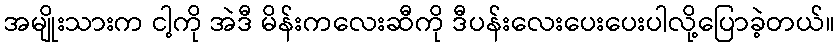
အမျိုးသားက ငါ့ကို အဲဒီ မိန်းကလေးဆီကို ဒီပန်းလေးပေးပေးပါလို့ပြောခဲ့တယ်။